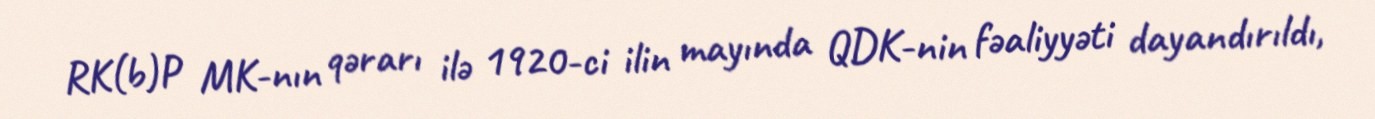
RK(b)P MK-nın qərarı ilə 1920-ci ilin mayında QDK-nin fəaliyyəti dayandırıldı,